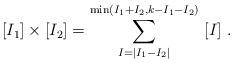
LaTeX: \begin{align*}[I_1]\times [I_2]=\sum^{{\rm min}(I_1+I_2,k-I_1-I_2)}_{I=|I_1-I_2|}\ [I] \ . \end{align*}